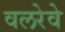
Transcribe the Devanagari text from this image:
वलरेवे